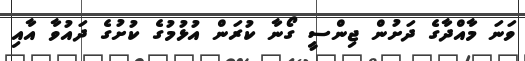
ވަނަ މާއްދާގެ ދަށުން ޖިންސީ ގޯނާ ކުރަން އުޅުމުގެ ކުށުގެ ދައުވާ އާއި